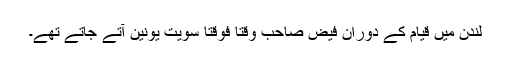
لندن میں قیام کے دوران فیض صاحب وقتاً فوقتاً سویت یونین آتے جاتے تھے۔